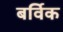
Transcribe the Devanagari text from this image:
बर्विक